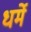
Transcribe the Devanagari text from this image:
धर्मे